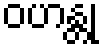
ဝဟန္တု